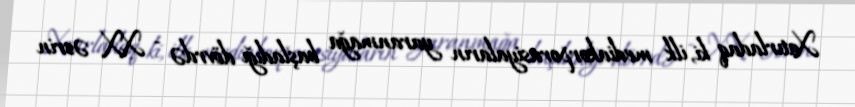
Xatırladaq ki, ilk mediakorporasiyaların yaranmağa başladığı dövrdə - XX əsrin